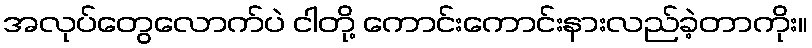
အလုပ်တွေလောက်ပဲ ငါတို့ ကောင်းကောင်းနားလည်ခဲ့တာကိုး။